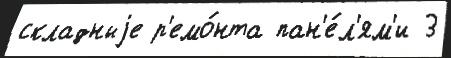
складныjе р'емо́нта пан'е́л'ям'и 3